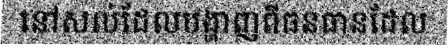
នៅសល់ដែលបង្ហាញពីធនធានដែល